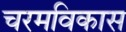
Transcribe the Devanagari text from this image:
चरमविकास